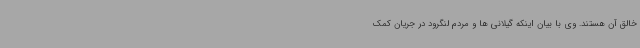
خالق آن هستند. وی با بیان اینکه گیلانی ها و مردم لنگرود در جریان کمک